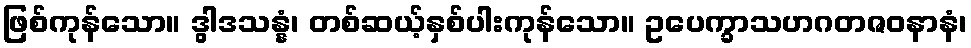
ဖြစ်ကုန်သော။ ဒွါဒသန္နံ၊ တစ်ဆယ့်နှစ်ပါးကုန်သော။ ဥပေက္ခာသဟဂတဇဝနာနံ၊